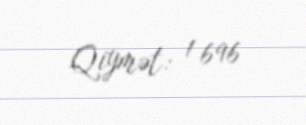
Qiymət: 1 696